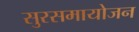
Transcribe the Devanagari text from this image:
सुरसमायोजन